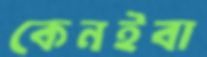
কেনইবা